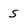
Character: S